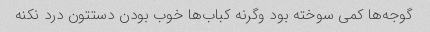
گوجه‌ها کمی سوخته بود وگرنه کباب‌ها خوب بودن دستتون درد نکنه